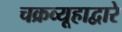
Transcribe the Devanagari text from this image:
चक्रव्यूहाद्वारे